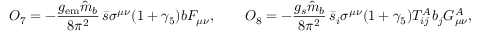
{ \cal O } _ { 7 } = - \frac { g _ { \mathrm { e m } } \hat { m } _ { b } } { 8 \pi ^ { 2 } } \, \bar { s } \sigma ^ { \mu \nu } ( 1 + \gamma _ { 5 } ) b F _ { \mu \nu } , \qquad { \cal O } _ { 8 } = - \frac { g _ { s } \hat { m } _ { b } } { 8 \pi ^ { 2 } } \, \bar { s } _ { i } \sigma ^ { \mu \nu } ( 1 + \gamma _ { 5 } ) T _ { i j } ^ { A } b _ { j } G _ { \mu \nu } ^ { A } ,